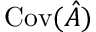
\operatorname { C o v } ( \hat { A } )